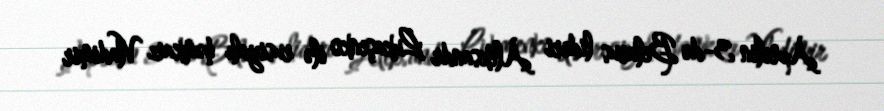
Aprelin 3-də Belarus lideri Aleksandr Lukaşenko ilə rusiyalı həmkarı Vladimir